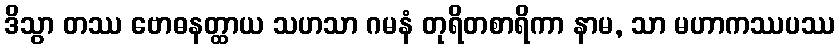
ဒိသွာ တဿ ဗောဓနတ္ထာယ သဟသာ ဂမနံ တုရိတစာရိကာ နာမ, သာ မဟာကဿပဿ